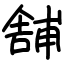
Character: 舗